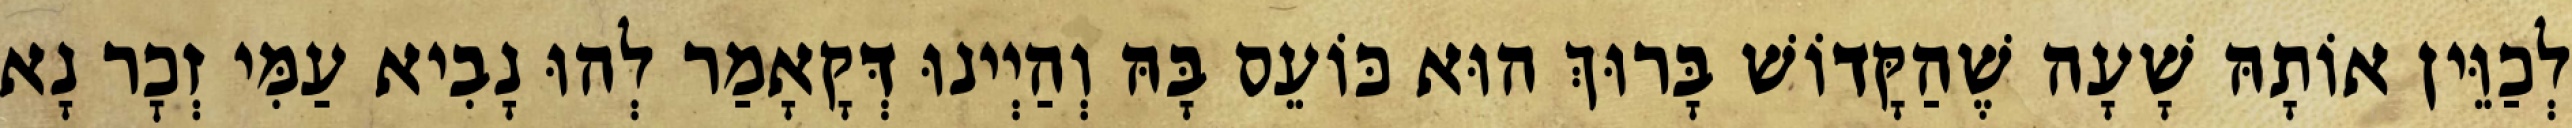
לְכַוֵּין אוֹתָהּ שָׁעָה שֶׁהַקָּדוֹשׁ בָּרוּךְ הוּא כּוֹעֵס בָּהּ וְהַיְינוּ דְּקָאָמַר לְהוּ נָבִיא עַמִּי זְכׇר נָא